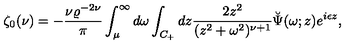
\zeta _ { 0 } ( \nu ) = - { \frac { \nu \varrho ^ { - 2 \nu } } { \pi } } \int _ { \mu } ^ { \infty } d \omega \int _ { C _ { + } } d z { \frac { 2 z ^ { 2 } } { ( z ^ { 2 } + \omega ^ { 2 } ) ^ { \nu + 1 } } } \breve { \Psi } ( \omega ; z ) e ^ { i \epsilon z } ,